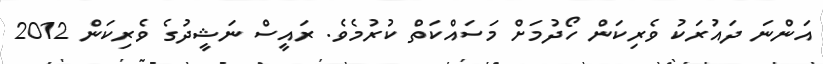
އަންނަ ދައުރަކު ވެރިކަން ހޯދުމަށް މަސައްކަތް ކުރުމެވެ. ރައީސް ނަޝީދުގެ ވެރިކަން 2012